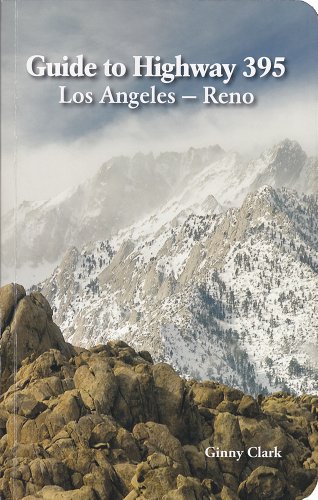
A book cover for Guide to Highway 395: Los Angeles to Reno; Ginny Clark; Travel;